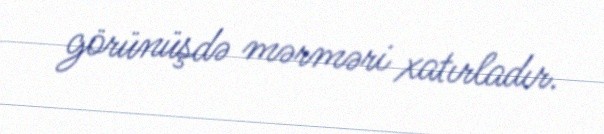
görünüşdə mərməri xatırladır.